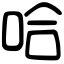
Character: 哈